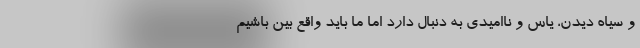
و سیاه دیدن، یاس و ناامیدی به دنبال دارد اما ما باید واقع بین باشیم